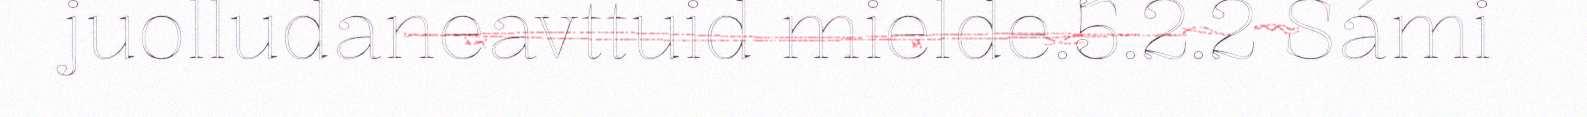
juolludaneavttuid mielde.5.2.2 Sámi